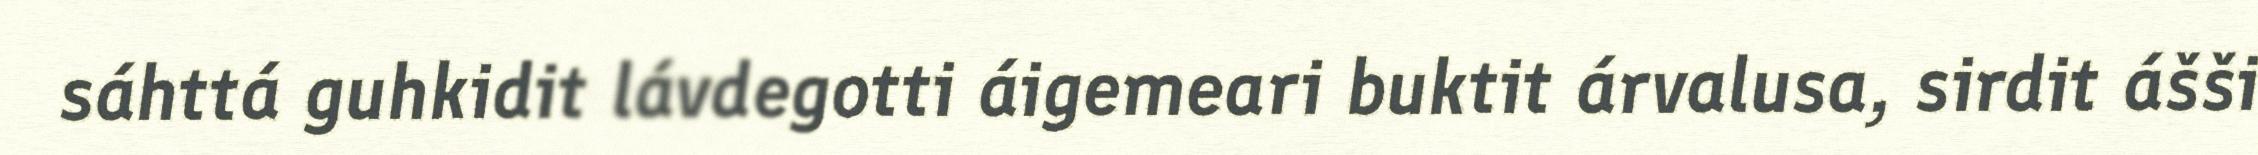
sáhttá guhkidit lávdegotti áigemeari buktit árvalusa, sirdit ášši